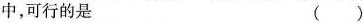
中，可行的是 ()